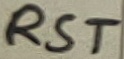
Text: RST